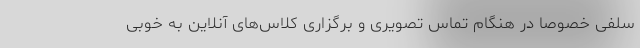
سلفی خصوصا در هنگام تماس تصویری و برگزاری کلاس‌های آنلاین به خوبی